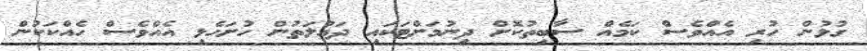
ގުޅުން ހުރި އެއްވެސް ކަމެއް ސާބިތުކޮށް ދިނުމަށްޓަކައި ދައުލަތުން ހުށަހެޅި އެއްވެސް ހެއްކަކުން